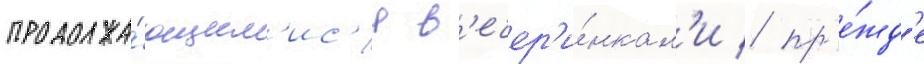
продолжа́ющим'ис'я в'ечер'и́нкам'и / пр'е́жд'е